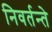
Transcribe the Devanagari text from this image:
निवर्तन्ते